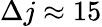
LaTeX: \Delta j\approx 15